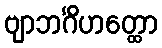
ဗျာဘင်္ဂိဟတ္ထော